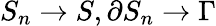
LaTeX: S_{n}\rightarrow S,\partial S_{n}\rightarrow\Gamma